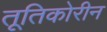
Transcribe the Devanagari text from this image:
तूतिकोरीन